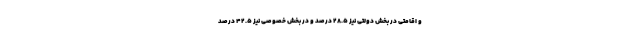
و اقامتی در بخش دولتی نیز ۲۸.۵ درصد و در بخش خصوصی نیز ۴۲.۵ درصد